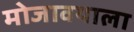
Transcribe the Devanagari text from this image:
मोजावयाला